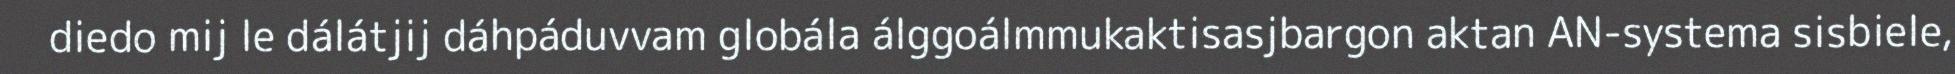
diedo mij le dálátjij dáhpáduvvam globála álggoálmmukaktisasjbargon aktan AN-systema sisbiele,